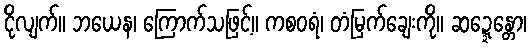
ငိုလျက်။ ဘယေန၊ ကြောက်သဖြင့်။ ကစဝရံ၊ တံမြက်ချေးကို။ ဆဍ္ဍေန္တော၊